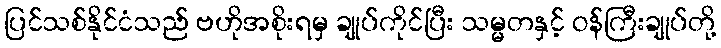
ပြင်သစ်နိုင်ငံသည် ဗဟိုအစိုးရမှ ချုပ်ကိုင်ပြီး သမ္မတနှင့် ဝန်ကြီးချုပ်တို့